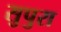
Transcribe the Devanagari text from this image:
सुपुरा